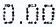
0.00